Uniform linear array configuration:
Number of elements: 24
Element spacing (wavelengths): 1
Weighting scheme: exponential
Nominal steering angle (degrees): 15
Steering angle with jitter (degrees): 14.403
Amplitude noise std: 0.05
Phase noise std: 0.05

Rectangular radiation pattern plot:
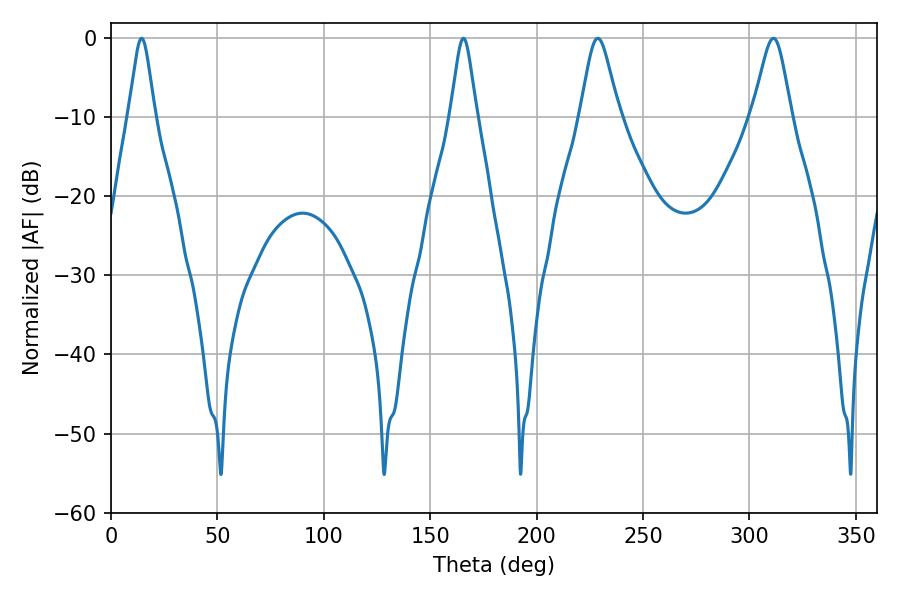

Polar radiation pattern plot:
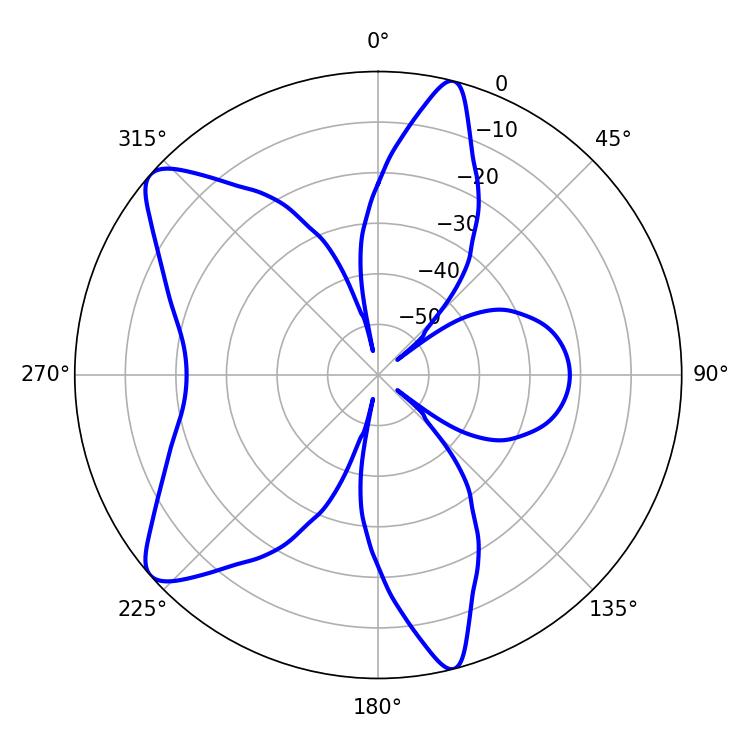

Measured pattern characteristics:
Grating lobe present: TRUE
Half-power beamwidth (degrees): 5.76
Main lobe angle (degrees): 14.4